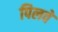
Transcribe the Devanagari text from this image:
पिलवे